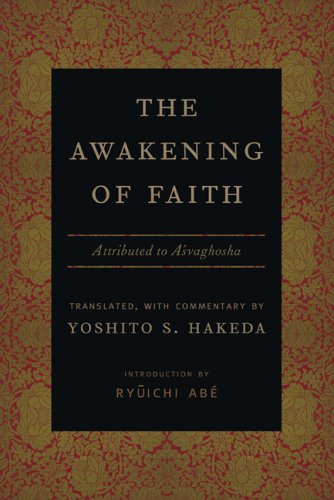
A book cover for The Awakening of Faith: Attributed to Asvaghosha (Translations from the Asian Classics); Religion & Spirituality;